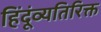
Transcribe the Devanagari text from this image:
हिंदूंव्यतिरिक्त